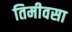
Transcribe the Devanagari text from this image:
तिमीवसा